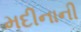
મદીનાની